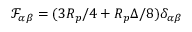
\mathcal { F } _ { \alpha \beta } = ( 3 R _ { p } / 4 + R _ { p } \Delta / 8 ) \delta _ { \alpha \beta }